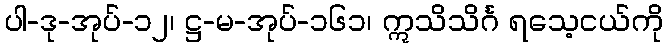
ပါ-ဒု-အုပ်-၁၂၊ ဋ္ဌ-မ-အုပ်-၁၆၁၊ ဣသိသိင်္ဂ ရသေ့ငယ်ကို